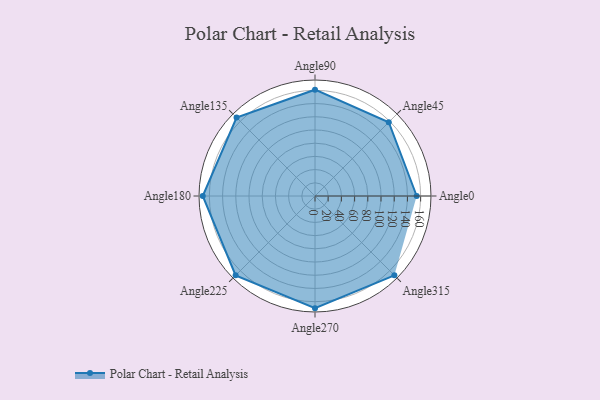
{"axis": {"x": "Angle", "y": "Radius"}, "legend": [""], "data": [{"x": "Angle0", "y": 154.0, "type": ""}, {"x": "Angle45", "y": 158.0, "type": ""}, {"x": "Angle90", "y": 161.0, "type": ""}, {"x": "Angle135", "y": 168.0, "type": ""}, {"x": "Angle180", "y": 170, "type": ""}, {"x": "Angle225", "y": 170, "type": ""}, {"x": "Angle270", "y": 170, "type": ""}, {"x": "Angle315", "y": 170, "type": ""}]}